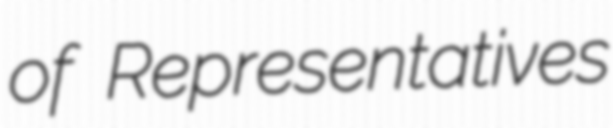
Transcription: of Representatives